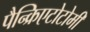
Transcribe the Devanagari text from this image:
पैन्क्रिएटोटोमी